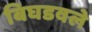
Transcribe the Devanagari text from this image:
बिघडवले